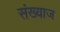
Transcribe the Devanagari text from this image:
संख्याज